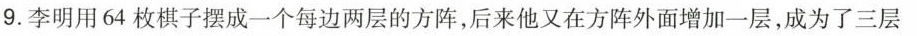
9.李明用64枚棋子摆成一个每边两层的方阵，后来他又在方阵外面增加一层，成为了三层